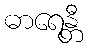
ဓာရေန္တီ